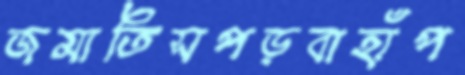
জমাতিসপড়বাহাঁপ